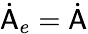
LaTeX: \dot{\mathsf{A}}_{e}=\dot{\mathsf{A}}